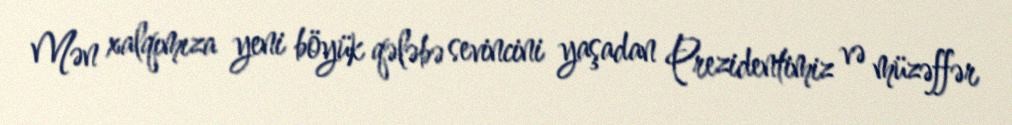
Mən xalqımıza yeni böyük qələbə sevincini yaşadan Prezidentimiz və müzəffər